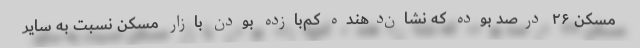
مسکن ۲۶ درصد بوده که نشان‌دهنده کم‌بازده بودن بازار مسکن نسبت به سایر